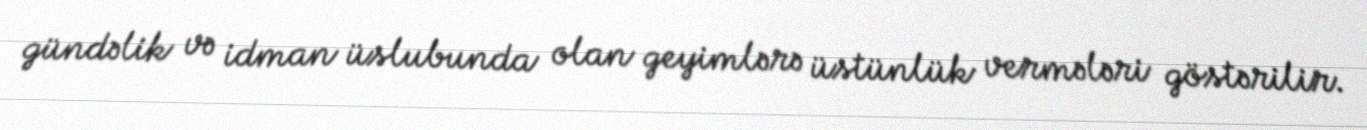
gündəlik və idman üslubunda olan geyimlərə üstünlük vermələri göstərilir.